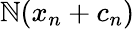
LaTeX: \mathbb{N}(x_{n}+c_{n})